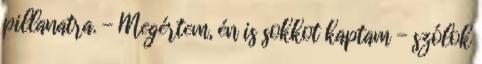
pillanatra. - Megértem, én is sokkot kaptam - szólok